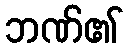
ဘဏ်၏